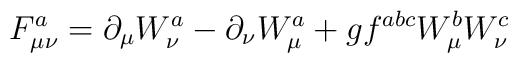
F_{\mu \nu} ^a = \partial _{\mu} W_{\nu} ^a - \partial _{\nu}W_{\mu} ^a + g f ^{abc} W_{\mu} ^b W_{\nu} ^c